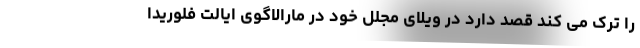
را ترک می کند قصد دارد در ویلای مجلل خود در مارالاگوی ایالت فلوریدا